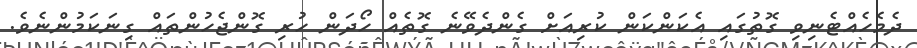
ދެމެހެއްޓެނިވި ގޮތުގައި އެކަންކަން ކުރިއަށް ގެންދެވޭނެ ގޮތެއް ހޯދަން ހުރި ގޮންޖެހުންތައް ގިނަކަމުންނެވެ.